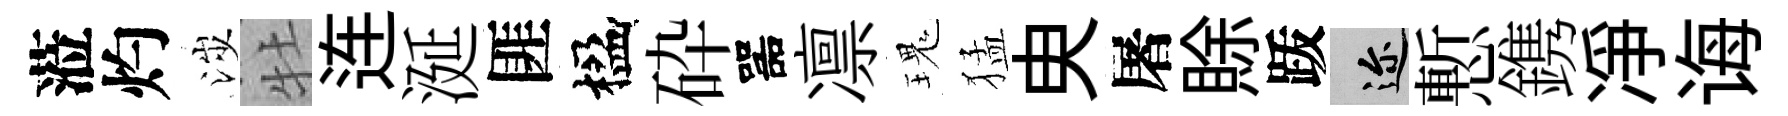
蒞灼涉牡连涎匪楹砕噐凛瑰猛㬰屠賖䟦邇慙鎸凈诲